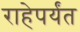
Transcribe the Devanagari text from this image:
राहेपर्यंत